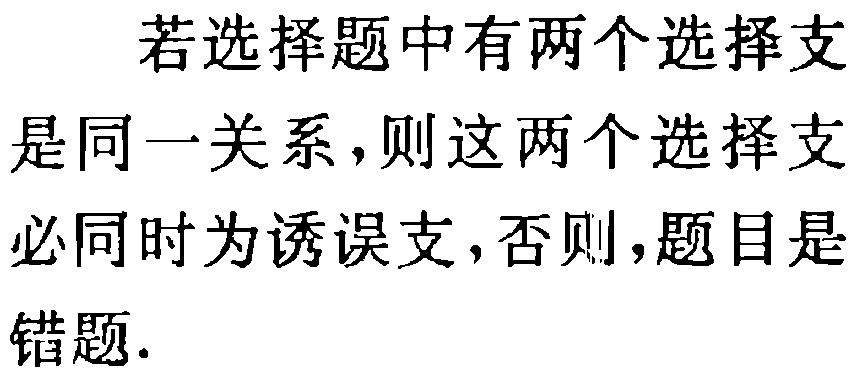
若选择题中有两个选择支是同一关系，则这两个选择支必同时为诱误支，否则，题目是错题.